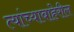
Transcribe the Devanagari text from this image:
त्यांच्याबाहेरील